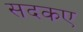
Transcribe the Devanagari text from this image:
सदकए